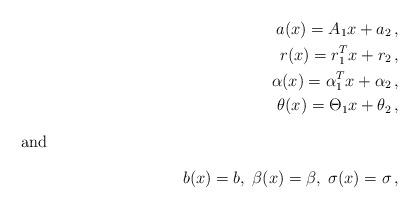
LaTeX: \begin{align*} a(x)=A_1x+a_2\,, \\ r(x)=r_1^Tx+r_2\,,\\\alpha(x)=\alpha_1^Tx+\alpha_2\,, \\\theta(x)=\Theta_1 x+\theta_2\,,\intertext{and}b(x)=b,\;\beta(x)=\beta,\;\sigma(x)=\sigma\,, \end{align*}